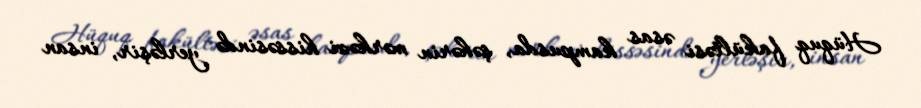
Hüquq fakültəsi əsas kampusda, şəhərin mərkəzi hissəsində yerləşir, insan